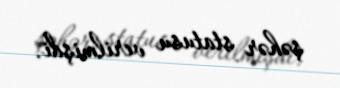
şəhər statusu verilmişdi.